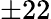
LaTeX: \pm 22